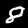
Label: 8